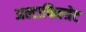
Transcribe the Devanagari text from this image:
अल्टाफिल्त्रेट